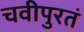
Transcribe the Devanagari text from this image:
चवीपुरतं